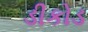
ડીકોડ